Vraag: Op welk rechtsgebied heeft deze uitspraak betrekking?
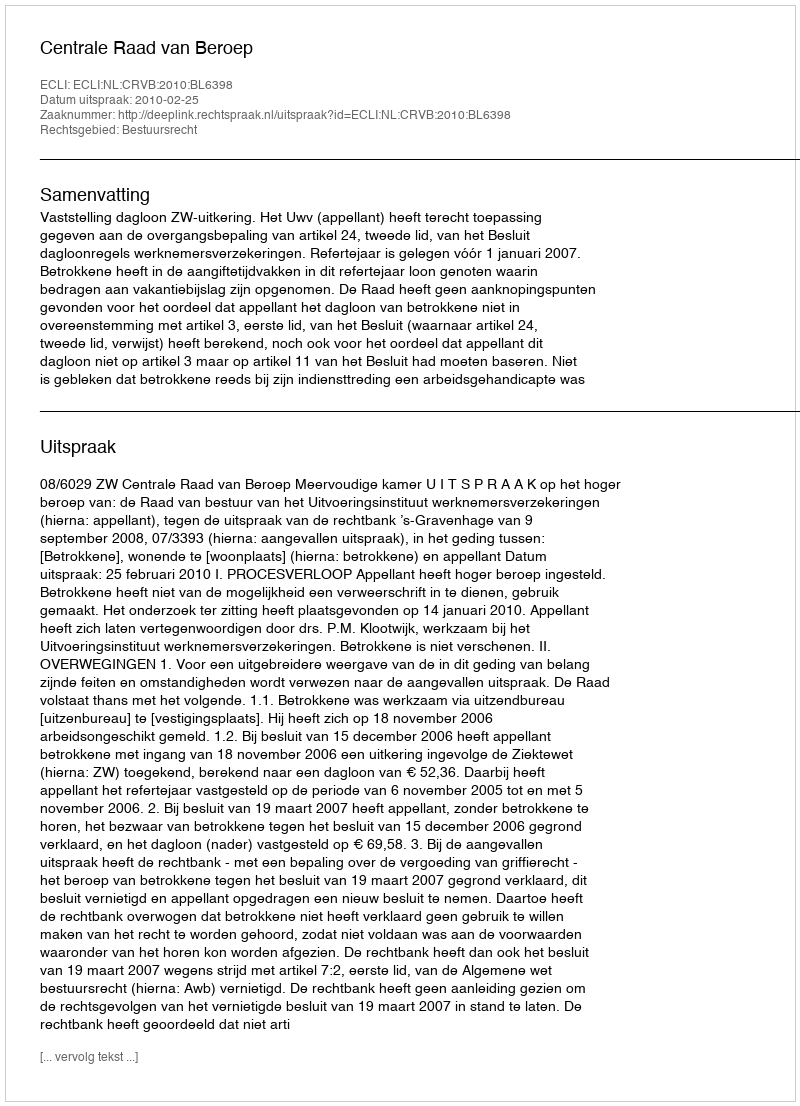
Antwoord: Bestuursrecht